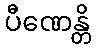
ပီဏေန္တိ